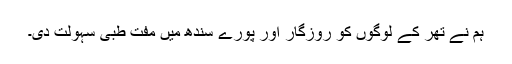
ہم نے تھر کے لوگوں کو روزگار اور پورے سندھ میں مفت طبی سہولت دی۔